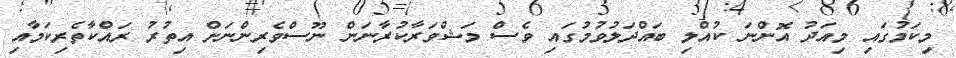
މިކަމުގައި މިއަދު އޮންނަ ކުއްލި ބައްދަލުވުމުގައި ވެސް މަޝްވަރާކުރާނަން ނޫސްވެރިންނަށް އިތުރު ރައްކާތެރިކަމާއި